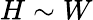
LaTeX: H\sim W